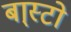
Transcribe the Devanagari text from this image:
बा्स्टो